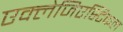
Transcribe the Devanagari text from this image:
एक्लेजिएस्टिकल